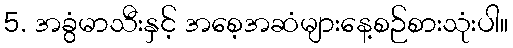
5. အခွံမာသီးနှင့် အစေ့အဆံများနေ့စဉ်စားသုံးပါ။